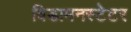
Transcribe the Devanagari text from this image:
विडामनस्टेटर